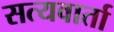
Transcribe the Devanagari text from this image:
सत्यवार्ता